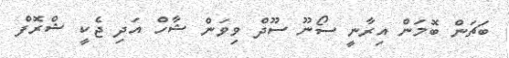
ބަޗަން ބޮމަން އިރާނީ ސޯނޫ ސޫދް ވިވަން ޝާހް އަދި ޖެކީ ޝްރޮފް